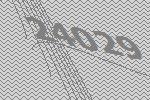
24029